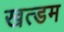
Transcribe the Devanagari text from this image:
खत्डम